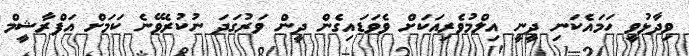
ވިދާޅުވީ ހަމައެކަނި ދީނީ އިލްމުވެރިއަކަށް ވެވަޑައިގެން ދީން ވަރުގަދަ ނުކުރެވޭނެ ކަމަށް އަފްރާޝީމް